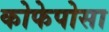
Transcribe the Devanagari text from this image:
कोफेपोसा